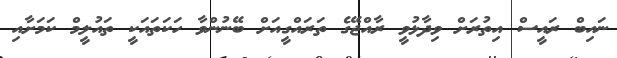
ނައިބް ރައީސް އިތުރަށް ވިދާޅުވީ ރާއްޖޭގެ ތަރައްގީއަށް ބޭނުންވާ ހަކަތައަކީ ތައުލީމް ކަމަށާއި